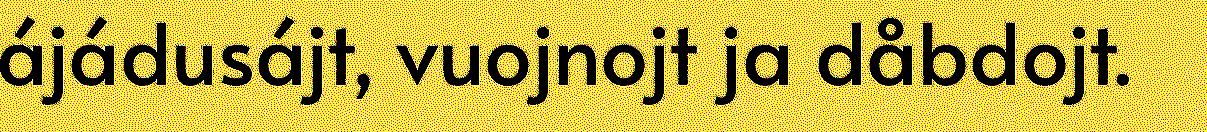
ájádusájt, vuojnojt ja dåbdojt.